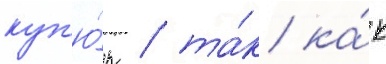
куп'ю́р / та́к ка́к